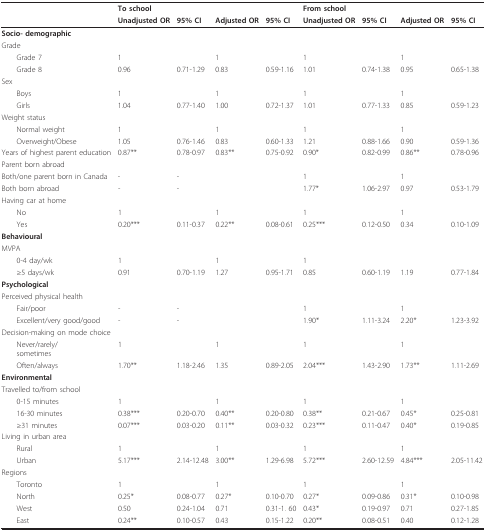
<table><thead><tr><td></td><td><b>To school</b></td><td></td><td></td><td></td><td><b>From school</b></td><td></td><td></td><td></td></tr><tr><td></td><td><b>Unadjusted OR</b></td><td><b>95% CI</b></td><td><b>Adjusted OR</b></td><td><b>95% CI</b></td><td><b>Unadjusted OR</b></td><td><b>95% CI</b></td><td><b>Adjusted OR</b></td><td><b>95% CI</b></td></tr></thead><tbody><tr><td><b>Socio- demographic</b></td><td></td><td></td><td></td><td></td><td></td><td></td><td></td><td></td></tr><tr><td>Grade</td><td></td><td></td><td></td><td></td><td></td><td></td><td></td><td></td></tr><tr><td> Grade 7</td><td>1</td><td></td><td>1</td><td></td><td>1</td><td></td><td>1</td><td></td></tr><tr><td> Grade 8</td><td>0.96</td><td>0.71-1.29</td><td>0.83</td><td>0.59-1.16</td><td>1.01</td><td>0.74-1.38</td><td>0.95</td><td>0.65-1.38</td></tr><tr><td>Sex</td><td></td><td></td><td></td><td></td><td></td><td></td><td></td><td></td></tr><tr><td> Boys</td><td>1</td><td></td><td>1</td><td></td><td>1</td><td></td><td>1</td><td></td></tr><tr><td> Girls</td><td>1.04</td><td>0.77-1.40</td><td>1.00</td><td>0.72-1.37</td><td>1.01</td><td>0.77-1.33</td><td>0.85</td><td>0.59-1.23</td></tr><tr><td>Weight status</td><td></td><td></td><td></td><td></td><td></td><td></td><td></td><td></td></tr><tr><td> Normal weight</td><td>1</td><td></td><td>1</td><td></td><td>1</td><td></td><td>1</td><td></td></tr><tr><td> Overweight/Obese</td><td>1.05</td><td>0.76-1.46</td><td>0.83</td><td>0.60-1.33</td><td>1.21</td><td>0.88-1.66</td><td>0.90</td><td>0.59-1.36</td></tr><tr><td>Years of highest parent education</td><td>0.87**</td><td>0.78-0.97</td><td>0.83**</td><td>0.75-0.92</td><td>0.90*</td><td>0.82-0.99</td><td>0.86**</td><td>0.78-0.96</td></tr><tr><td>Parent born abroad</td><td></td><td></td><td></td><td></td><td></td><td></td><td></td><td></td></tr><tr><td>Both/one parent born in Canada</td><td>-</td><td>-</td><td></td><td></td><td>1</td><td></td><td>1</td><td></td></tr><tr><td>Both born abroad</td><td>-</td><td>-</td><td></td><td></td><td>1.77*</td><td>1.06-2.97</td><td>0.97</td><td>0.53-1.79</td></tr><tr><td>Having car at home</td><td></td><td></td><td></td><td></td><td></td><td></td><td></td><td></td></tr><tr><td> No</td><td>1</td><td></td><td>1</td><td></td><td>1</td><td></td><td>1</td><td></td></tr><tr><td> Yes</td><td>0.20***</td><td>0.11-0.37</td><td>0.22**</td><td>0.08-0.61</td><td>0.25***</td><td>0.12-0.50</td><td>0.34</td><td>0.10-1.09</td></tr><tr><td><b>Behavioural</b></td><td></td><td></td><td></td><td></td><td></td><td></td><td></td><td></td></tr><tr><td>MVPA</td><td></td><td></td><td></td><td></td><td></td><td></td><td></td><td></td></tr><tr><td> 0-4 day/wk</td><td>1</td><td></td><td>1</td><td></td><td>1</td><td></td><td></td><td></td></tr><tr><td> ≥5 days/wk</td><td>0.91</td><td>0.70-1.19</td><td>1.27</td><td>0.95-1.71</td><td>0.85</td><td>0.60-1.19</td><td>1.19</td><td>0.77-1.84</td></tr><tr><td><b>Psychological</b></td><td></td><td></td><td></td><td></td><td></td><td></td><td></td><td></td></tr><tr><td>Perceived physical health</td><td></td><td></td><td></td><td></td><td></td><td></td><td></td><td></td></tr><tr><td> Fair/poor</td><td>-</td><td>-</td><td></td><td></td><td>1</td><td></td><td>1</td><td></td></tr><tr><td> Excellent/very good/good</td><td>-</td><td>-</td><td></td><td></td><td>1.90*</td><td>1.11-3.24</td><td>2.20*</td><td>1.23-3.92</td></tr><tr><td>Decision-making on mode choice</td><td></td><td></td><td></td><td></td><td></td><td></td><td></td><td></td></tr><tr><td> Never/rarely/sometimes</td><td>1</td><td></td><td>1</td><td></td><td>1</td><td></td><td>1</td><td></td></tr><tr><td> Often/always</td><td>1.70**</td><td>1.18-2.46</td><td>1.35</td><td>0.89-2.05</td><td>2.04***</td><td>1.43-2.90</td><td>1.73**</td><td>1.11-2.69</td></tr><tr><td><b>Environmental</b></td><td></td><td></td><td></td><td></td><td></td><td></td><td></td><td></td></tr><tr><td>Travelled to/from school</td><td></td><td></td><td></td><td></td><td></td><td></td><td></td><td></td></tr><tr><td> 0-15 minutes</td><td>1</td><td></td><td>1</td><td></td><td>1</td><td></td><td>1</td><td></td></tr><tr><td> 16-30 minutes</td><td>0.38***</td><td>0.20-0.70</td><td>0.40**</td><td>0.20-0.80</td><td>0.38**</td><td>0.21-0.67</td><td>0.45*</td><td>0.25-0.81</td></tr><tr><td> ≥31 minutes</td><td>0.07***</td><td>0.03-0.20</td><td>0.11**</td><td>0.03-0.32</td><td>0.23***</td><td>0.11-0.47</td><td>0.40*</td><td>0.19-0.85</td></tr><tr><td>Living in urban area</td><td></td><td></td><td></td><td></td><td></td><td></td><td></td><td></td></tr><tr><td> Rural</td><td>1</td><td></td><td>1</td><td></td><td>1</td><td></td><td>1</td><td></td></tr><tr><td> Urban</td><td>5.17***</td><td>2.14-12.48</td><td>3.00**</td><td>1.29-6.98</td><td>5.72***</td><td>2.60-12.59</td><td>4.84***</td><td>2.05-11.42</td></tr><tr><td>Regions</td><td></td><td></td><td></td><td></td><td></td><td></td><td></td><td></td></tr><tr><td> Toronto</td><td>1</td><td></td><td>1</td><td></td><td>1</td><td></td><td>1</td><td></td></tr><tr><td> North</td><td>0.25*</td><td>0.08-0.77</td><td>0.27*</td><td>0.10-0.70</td><td>0.27*</td><td>0.09-0.86</td><td>0.31*</td><td>0.10-0.98</td></tr><tr><td> West</td><td>0.50</td><td>0.24-1.04</td><td>0.71</td><td>0.31-1. 60</td><td>0.43*</td><td>0.19-0.97</td><td>0.71</td><td>0.27-1.85</td></tr><tr><td> East</td><td>0.24**</td><td>0.10-0.57</td><td>0.43</td><td>0.15-1.22</td><td>0.20**</td><td>0.08-0.51</td><td>0.40</td><td>0.12-1.28</td></tr></tbody></table>